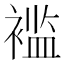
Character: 褴